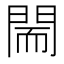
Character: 𨴎